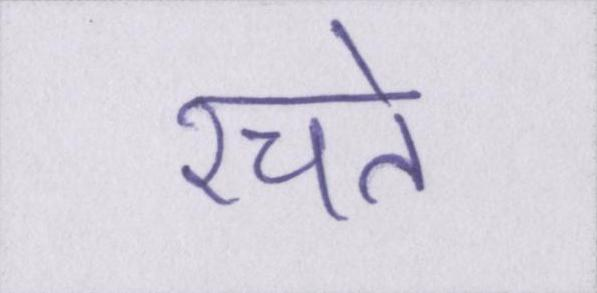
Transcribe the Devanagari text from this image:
रचते